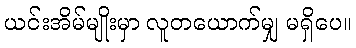
ယင်းအိမ်မျိုးမှာ လူတယောက်မျှ မရှိပေ။